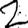
Digit: 2